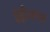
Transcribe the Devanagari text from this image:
इड्डीअपम